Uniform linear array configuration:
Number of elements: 32
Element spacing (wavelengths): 1
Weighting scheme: hamming
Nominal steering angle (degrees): -45
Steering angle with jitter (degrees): -44.124
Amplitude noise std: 0.05
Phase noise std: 0.05

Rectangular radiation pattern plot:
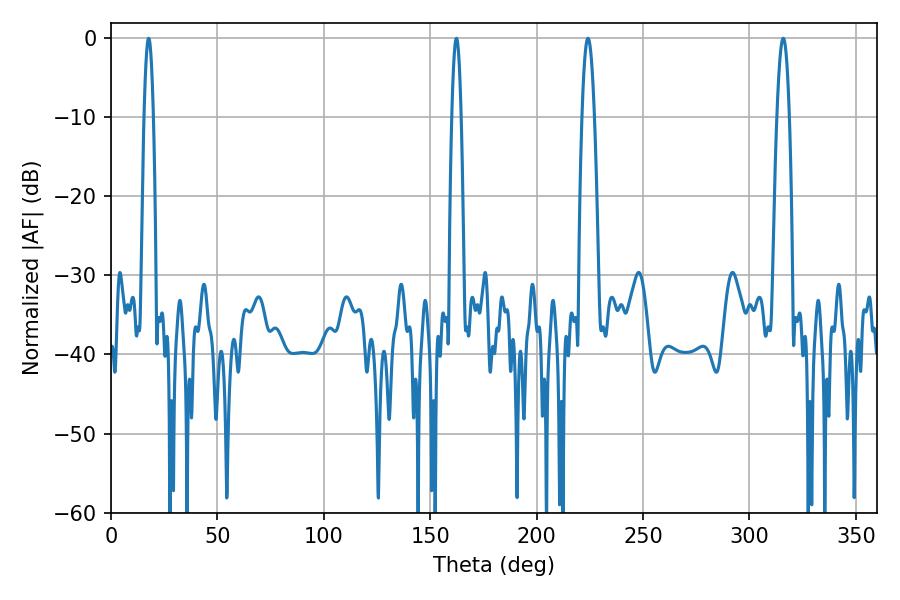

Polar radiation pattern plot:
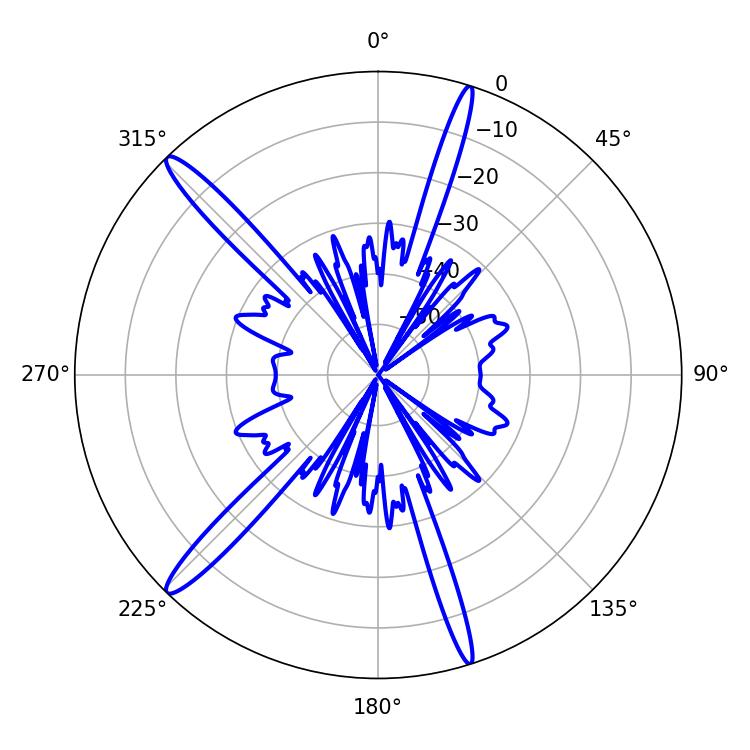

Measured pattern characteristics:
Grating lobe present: TRUE
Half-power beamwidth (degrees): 3.24
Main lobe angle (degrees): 315.9